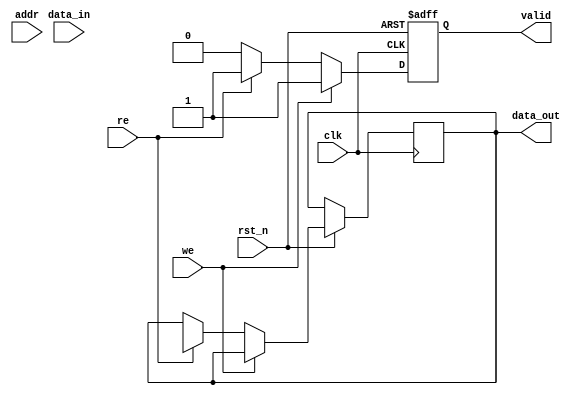
module IO_Block_Distributed_Memory #(
    parameter DATA_WIDTH = 8, // Configurable data width (8, 16, 32)
    parameter ADDR_WIDTH = 4,  // Address width for each block
    parameter NUM_BLOCKS = 4    // Number of I/O blocks
)(
    input wire clk,               // System clock
    input wire rst_n,             // Active low reset
    input wire [ADDR_WIDTH-1:0] addr, // Address input
    input wire [DATA_WIDTH-1:0] data_in, // Data input
    input wire we,                // Write enable
    input wire re,                // Read enable
    output reg [DATA_WIDTH-1:0] data_out, // Data output
    output reg valid              // Output valid signal
);

    // Memory array for each I/O block
    reg [DATA_WIDTH-1:0] memory [0:NUM_BLOCKS-1][0:(1 << ADDR_WIDTH)-1];

    // Address decoding logic
    wire [ADDR_WIDTH-1:0] block_addr;
    wire [ADDR_WIDTH-1:0] word_addr;

    assign block_addr = addr[ADDR_WIDTH +: $clog2(NUM_BLOCKS)]; // Select block
    assign word_addr = addr[$clog2(NUM_BLOCKS)-1:0]; // Select word within block

    // Initialization
    integer i, j;
    always @(posedge clk or negedge rst_n) begin
        if (!rst_n) begin
            // Reset memory
            for (i = 0; i < NUM_BLOCKS; i = i + 1) begin
                for (j = 0; j < (1 << ADDR_WIDTH); j = j + 1) begin
                    memory[i][j] <= {DATA_WIDTH{1'b0}};
                end
            end
            valid <= 1'b0;
        end else begin
            // Read/Write operations
            if (we) begin
                memory[block_addr][word_addr] <= data_in; // Write data
                valid <= 1'b1; // Indicate valid write
            end else if (re) begin
                data_out <= memory[block_addr][word_addr]; // Read data
                valid <= 1'b1; // Indicate valid read
            end else begin
                valid <= 1'b0; // No valid operation
            end
        end
    end

endmodule